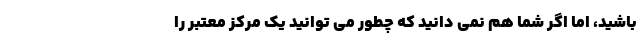
باشید، اما اگر شما هم نمی دانید که چطور می توانید یک مرکز معتبر را